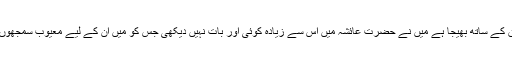
کوئی ایسی بات میں نے نہیں دیکھی اور کہنے لگی کہ اس ذات کی قسم جس نے آپ کو حق کے ساتھ بھیجا ہے مَیں نے حضرت عائشہؓ میں اس سے زیادہ کوئی اور بات نہیں دیکھی جس کو مَیں ان کے لیے معیوب سمجھوں یعنی سب سے بڑی کم زوری جو مَیں نے دیکھی ہے وہ یہی ہے کہ وہ کم عمر لڑکی ہیں۔